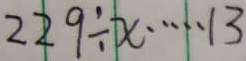
2 2 9 \div x \cdots 1 3